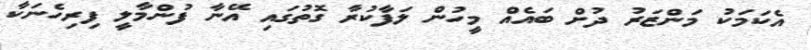
އެކަމަކު މަންޒަރު ދުށް ބައެއް މީހުން ލަފާކުރާ ގޮތުގައި އޭނާ ފުންމާލީ ފިރިހެނަކާ